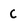
Character: C